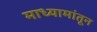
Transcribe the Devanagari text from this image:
माध्यामांतून